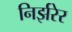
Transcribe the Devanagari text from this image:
निर्झरेर